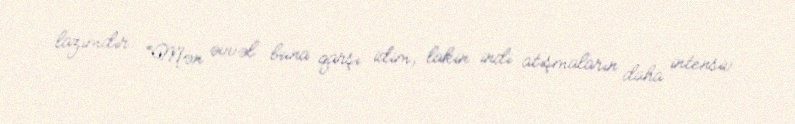
lazımdır: “Mən əvvəl buna qarşı idim, lakin indi atışmaların daha intensiv